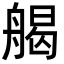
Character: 𦩥